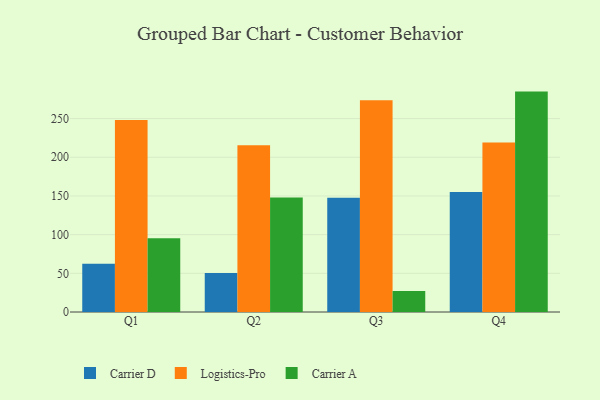
{"axis": {"x": "Quarter", "y": "Temperature (°C)"}, "legend": ["Carrier A", "Carrier D", "Logistics-Pro"], "data": [{"x": "Q1", "y": 62.5, "type": "Carrier D"}, {"x": "Q1", "y": 248.2, "type": "Logistics-Pro"}, {"x": "Q1", "y": 95.3, "type": "Carrier A"}, {"x": "Q2", "y": 50.5, "type": "Carrier D"}, {"x": "Q2", "y": 215.7, "type": "Logistics-Pro"}, {"x": "Q2", "y": 147.9, "type": "Carrier A"}, {"x": "Q3", "y": 147.6, "type": "Carrier D"}, {"x": "Q3", "y": 273.7, "type": "Logistics-Pro"}, {"x": "Q3", "y": 27.1, "type": "Carrier A"}, {"x": "Q4", "y": 155.0, "type": "Carrier D"}, {"x": "Q4", "y": 219.2, "type": "Logistics-Pro"}, {"x": "Q4", "y": 284.9, "type": "Carrier A"}]}